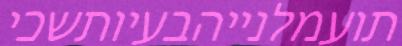
תועמלנייהבעיותשכי